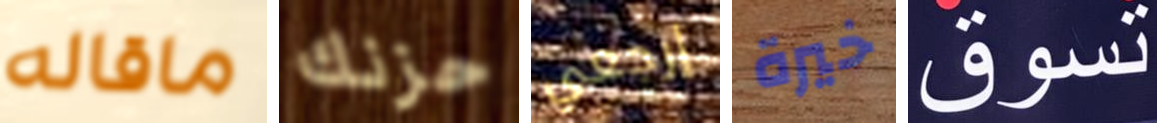
ماقاله حزنك إرجعي خيرة تسوق